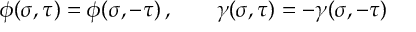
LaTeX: \phi ( \sigma , \tau ) = \phi ( \sigma , - \tau ) \, , \qquad \gamma ( \sigma , \tau ) = - \gamma ( \sigma , - \tau )